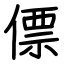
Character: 僄